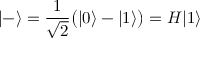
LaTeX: | - \rangle = { \frac { 1 } { \sqrt { 2 } } } { \big ( } | 0 \rangle - | 1 \rangle { \big ) } = H | 1 \rangle